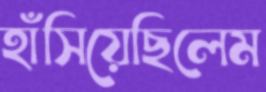
হাঁসিয়েছিলেম